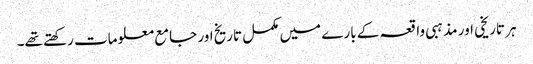
ہر تاریخی اور مذہبی واقعہ کے بارے میں مکمل تاریخ اور جامع معلومات رکھتے تھے۔